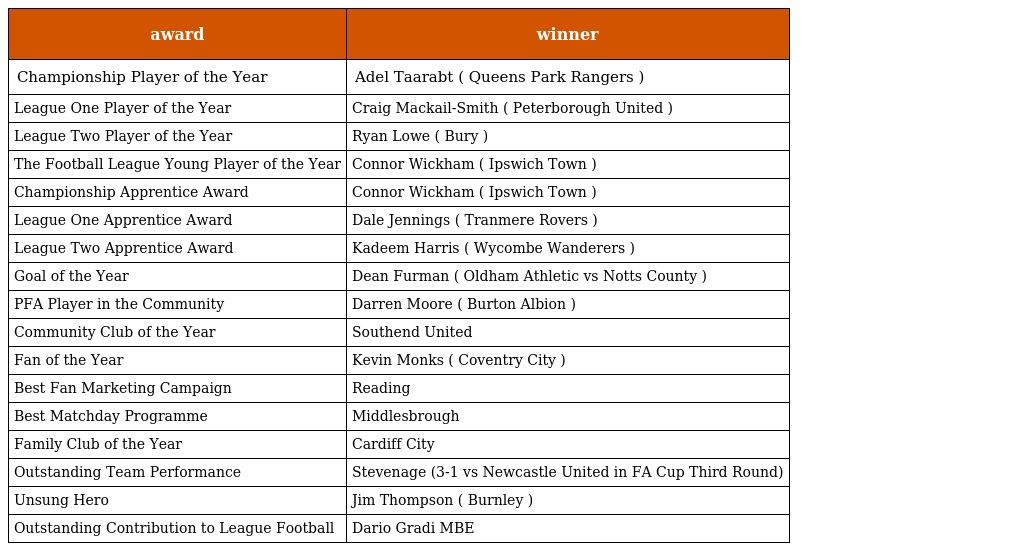
| award | winner |
 | --- | --- |
 | Championship Player of the Year | Adel Taarabt ( Queens Park Rangers ) |
 | League One Player of the Year | Craig Mackail-Smith ( Peterborough United ) |
 | League Two Player of the Year | Ryan Lowe ( Bury ) |
 | The Football League Young Player of the Year | Connor Wickham ( Ipswich Town ) |
 | Championship Apprentice Award | Connor Wickham ( Ipswich Town ) |
 | League One Apprentice Award | Dale Jennings ( Tranmere Rovers ) |
 | League Two Apprentice Award | Kadeem Harris ( Wycombe Wanderers ) |
 | Goal of the Year | Dean Furman ( Oldham Athletic vs Notts County ) |
 | PFA Player in the Community | Darren Moore ( Burton Albion ) |
 | Community Club of the Year | Southend United |
 | Fan of the Year | Kevin Monks ( Coventry City ) |
 | Best Fan Marketing Campaign | Reading |
 | Best Matchday Programme | Middlesbrough |
 | Family Club of the Year | Cardiff City |
 | Outstanding Team Performance | Stevenage (3-1 vs Newcastle United in FA Cup Third Round) |
 | Unsung Hero | Jim Thompson ( Burnley ) |
 | Outstanding Contribution to League Football | Dario Gradi MBE |